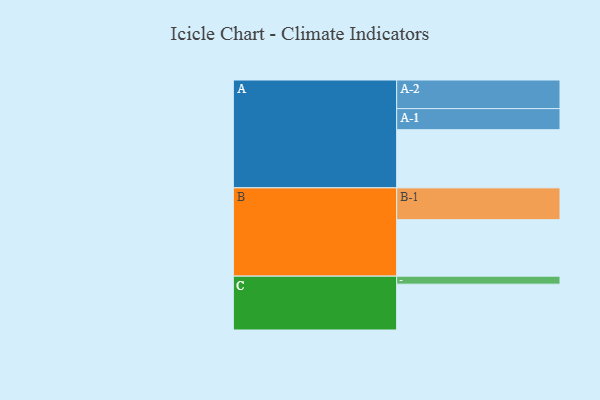
{"axis": {"x": "Segment", "y": "Value"}, "legend": ["", "A", "B", "C"], "data": [{"x": "A", "y": 449, "type": ""}, {"x": "B", "y": 436, "type": ""}, {"x": "C", "y": 354, "type": ""}, {"x": "A-1", "y": 163, "type": "A"}, {"x": "A-2", "y": 221, "type": "A"}, {"x": "B-1", "y": 246, "type": "B"}, {"x": "C-1", "y": 62, "type": "C"}]}